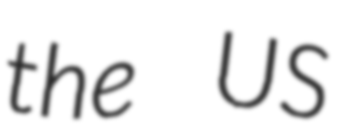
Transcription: the US